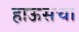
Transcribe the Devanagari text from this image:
हाऊसचा